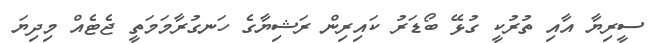
ސީރިޔާ އާއި ތުރުކީ ގުޅޭ ބޯޑަރު ކައިރިން ރަޝިޔާގެ ހަނގުރާމަމަތީ ޖެޓެއް މިދިޔަ